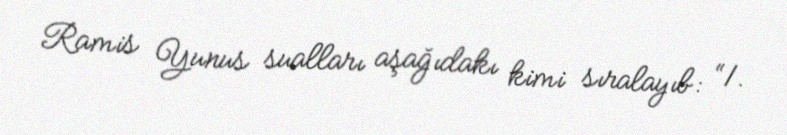
Ramis Yunus sualları aşağıdakı kimi sıralayıb: “1.